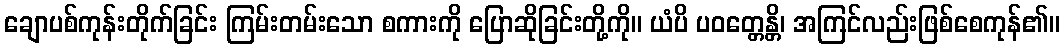
ချောပစ်ကုန်းတိုက်ခြင်း ကြမ်းတမ်းသော စကားကို ပြောဆိုခြင်းတို့ကို။ ယံပိ ပဝတ္တေန္တိ၊ အကြင်လည်းဖြစ်စေကုန်၏။